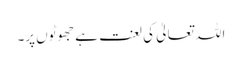
اللہ تعالیٰ کی لعنت ہے جھوٹوں پر۔